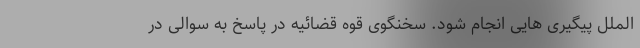
الملل پیگیری هایی انجام شود. سخنگوی قوه قضائیه در پاسخ به سوالی در